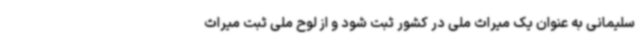
سلیمانی به عنوان یک میراث ملی در کشور ثبت شود و از لوح ملی ثبت میراث